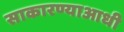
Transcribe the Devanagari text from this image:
साकारण्याआधी